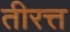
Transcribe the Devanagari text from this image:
तीरत्त